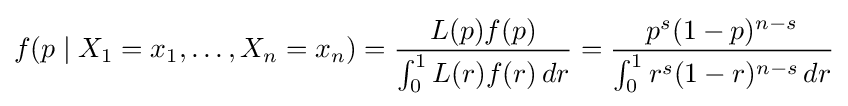
f(p\mid X_{1}=x_{1},\ldots ,X_{n}=x_{n})={L(p)f(p) \over \int _{0}^{1}L(r)f(r)\,dr}={p^{s}(1-p)^{n-s} \over \int _{0}^{1}r^{s}(1-r)^{n-s}\,dr}